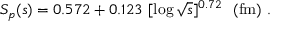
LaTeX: S _ { p } ( s ) = 0 . 5 7 2 + 0 . 1 2 3 ~ [ \log \sqrt { s } ] ^ { 0 . 7 2 } ~ ~ ( \mathrm { f m } ) ~ .